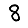
Digit: 8